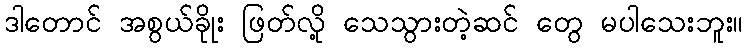
ဒါတောင် အစွယ်ခိုုး ဖြတ်လို့ သေသွားတဲ့ဆင် တွေ မပါသေးဘူး။